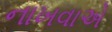
નાખવાએ